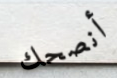
أنصحك